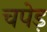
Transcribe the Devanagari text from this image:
चपेड़